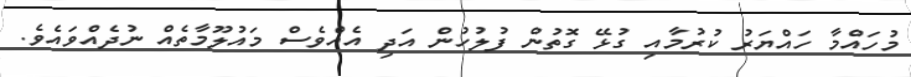
މުހައްމާ ހައްޔަރު ކުރުމާއި ގުޅޭ ގޮތުން ފުލުހުން އަދި އެއްވެސް މައުލޫމާތެއް ނުދެއްވައެވެ.